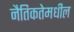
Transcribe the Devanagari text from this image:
नैतिकतेमधील